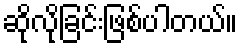
ဆိုလိုခြင်းဖြစ်ပါတယ်။